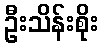
ဦးသိန်းစိုး